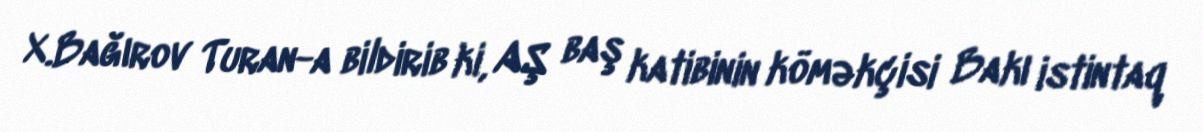
X.Bağırov Turan-a bildirib ki, AŞ baş katibinin köməkçisi Bakı istintaq